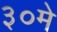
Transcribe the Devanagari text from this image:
३०मे